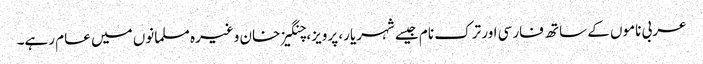
عربی ناموں کے ساتھ فارسی اور ترک نام جیسے شہریار، پرویز، چنگیز خان وغیرہ مسلمانوں میں عام رہے۔